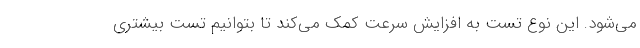
می‌شود. این نوع تست به افزایش سرعت کمک می‌کند تا بتوانیم تست بیشتری